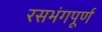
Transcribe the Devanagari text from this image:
रसभंगपूर्ण